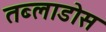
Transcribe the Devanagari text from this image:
तब्लाडोस